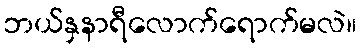
ဘယ်နှနာရီလောက်ရောက်မလဲ။